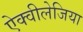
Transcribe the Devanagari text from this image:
ऐक्वीलेजिया